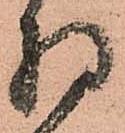
持